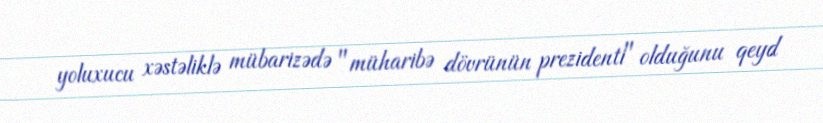
yoluxucu xəstəliklə mübarizədə "müharibə dövrünün prezidenti" olduğunu qeyd